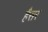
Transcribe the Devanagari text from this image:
हैैसर